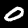
Digit: 0